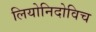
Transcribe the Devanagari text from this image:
लियोनिदोविच